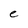
Character: e